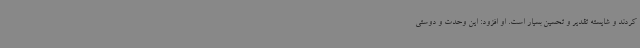
کردند و شایسته تقدیر و تحسین بسیار است. او افزود: این وحدت و دوستی